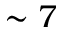
\sim 7